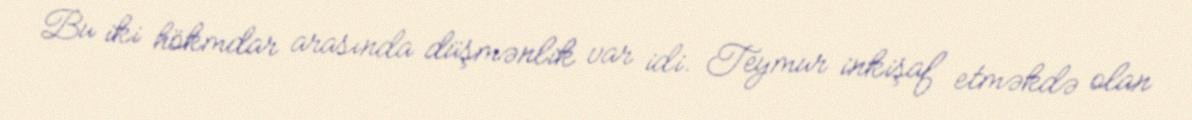
Bu iki hökmdar arasında düşmənlik var idi. Teymur inkişaf etməkdə olan